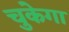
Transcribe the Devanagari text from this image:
चुकेगा